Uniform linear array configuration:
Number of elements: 16
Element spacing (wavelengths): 0.75
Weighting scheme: blackman
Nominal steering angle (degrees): -45
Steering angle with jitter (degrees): -45.392
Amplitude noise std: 0.05
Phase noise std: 0.05

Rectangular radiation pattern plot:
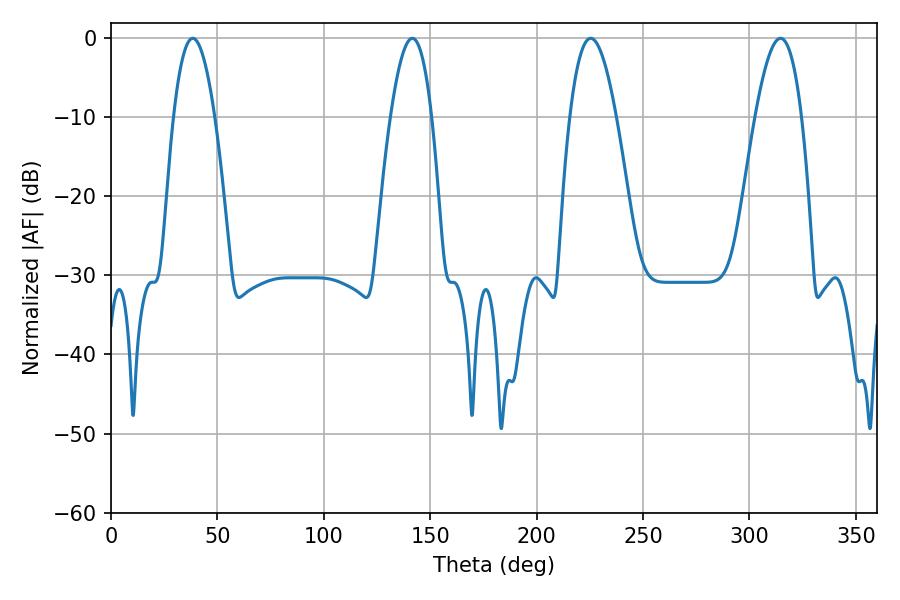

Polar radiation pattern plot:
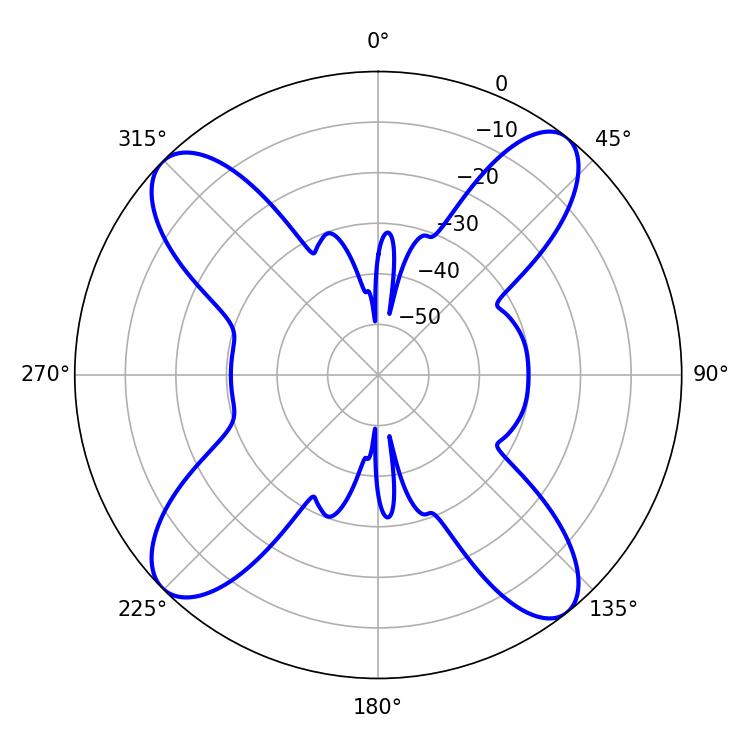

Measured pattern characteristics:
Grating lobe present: TRUE
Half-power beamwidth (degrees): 11.88
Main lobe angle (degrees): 225.36